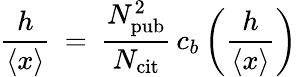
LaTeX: \frac{h}{\left\langle{x}\right\rangle}\: =\: \frac{N_{\mathrm{pub}}^{2}}{N_{\mathrm{cit}}}\, c_{b}\left(\frac{h}{\left\langle{x}\right\rangle}\right)